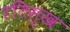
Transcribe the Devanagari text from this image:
रतिसुख